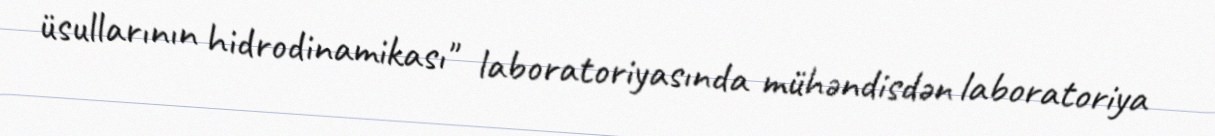
üsullarının hidrodinamikası" laboratoriyasında mühəndisdən laboratoriya